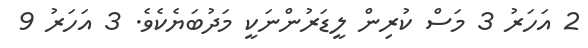
2 އަހަރު 3 މަސް ކުރިން ލީޑަރުންނަކީ މަދުބަޔެކެވެ. 3 އަހަރު 9